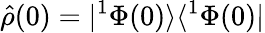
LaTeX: \hat{\rho}(0)=|^{1}\Phi(0)\rangle\langle^{1}\Phi(0)|